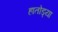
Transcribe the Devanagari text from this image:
हातोड्या